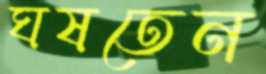
ঘষতেন